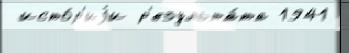
 исто́р'иjи р'езульта́та 1941